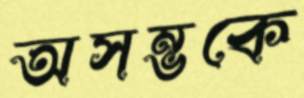
অসম্ভকে